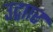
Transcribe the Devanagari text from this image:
उद्गाार